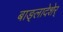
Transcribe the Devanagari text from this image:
बाङ्लादेशेर्